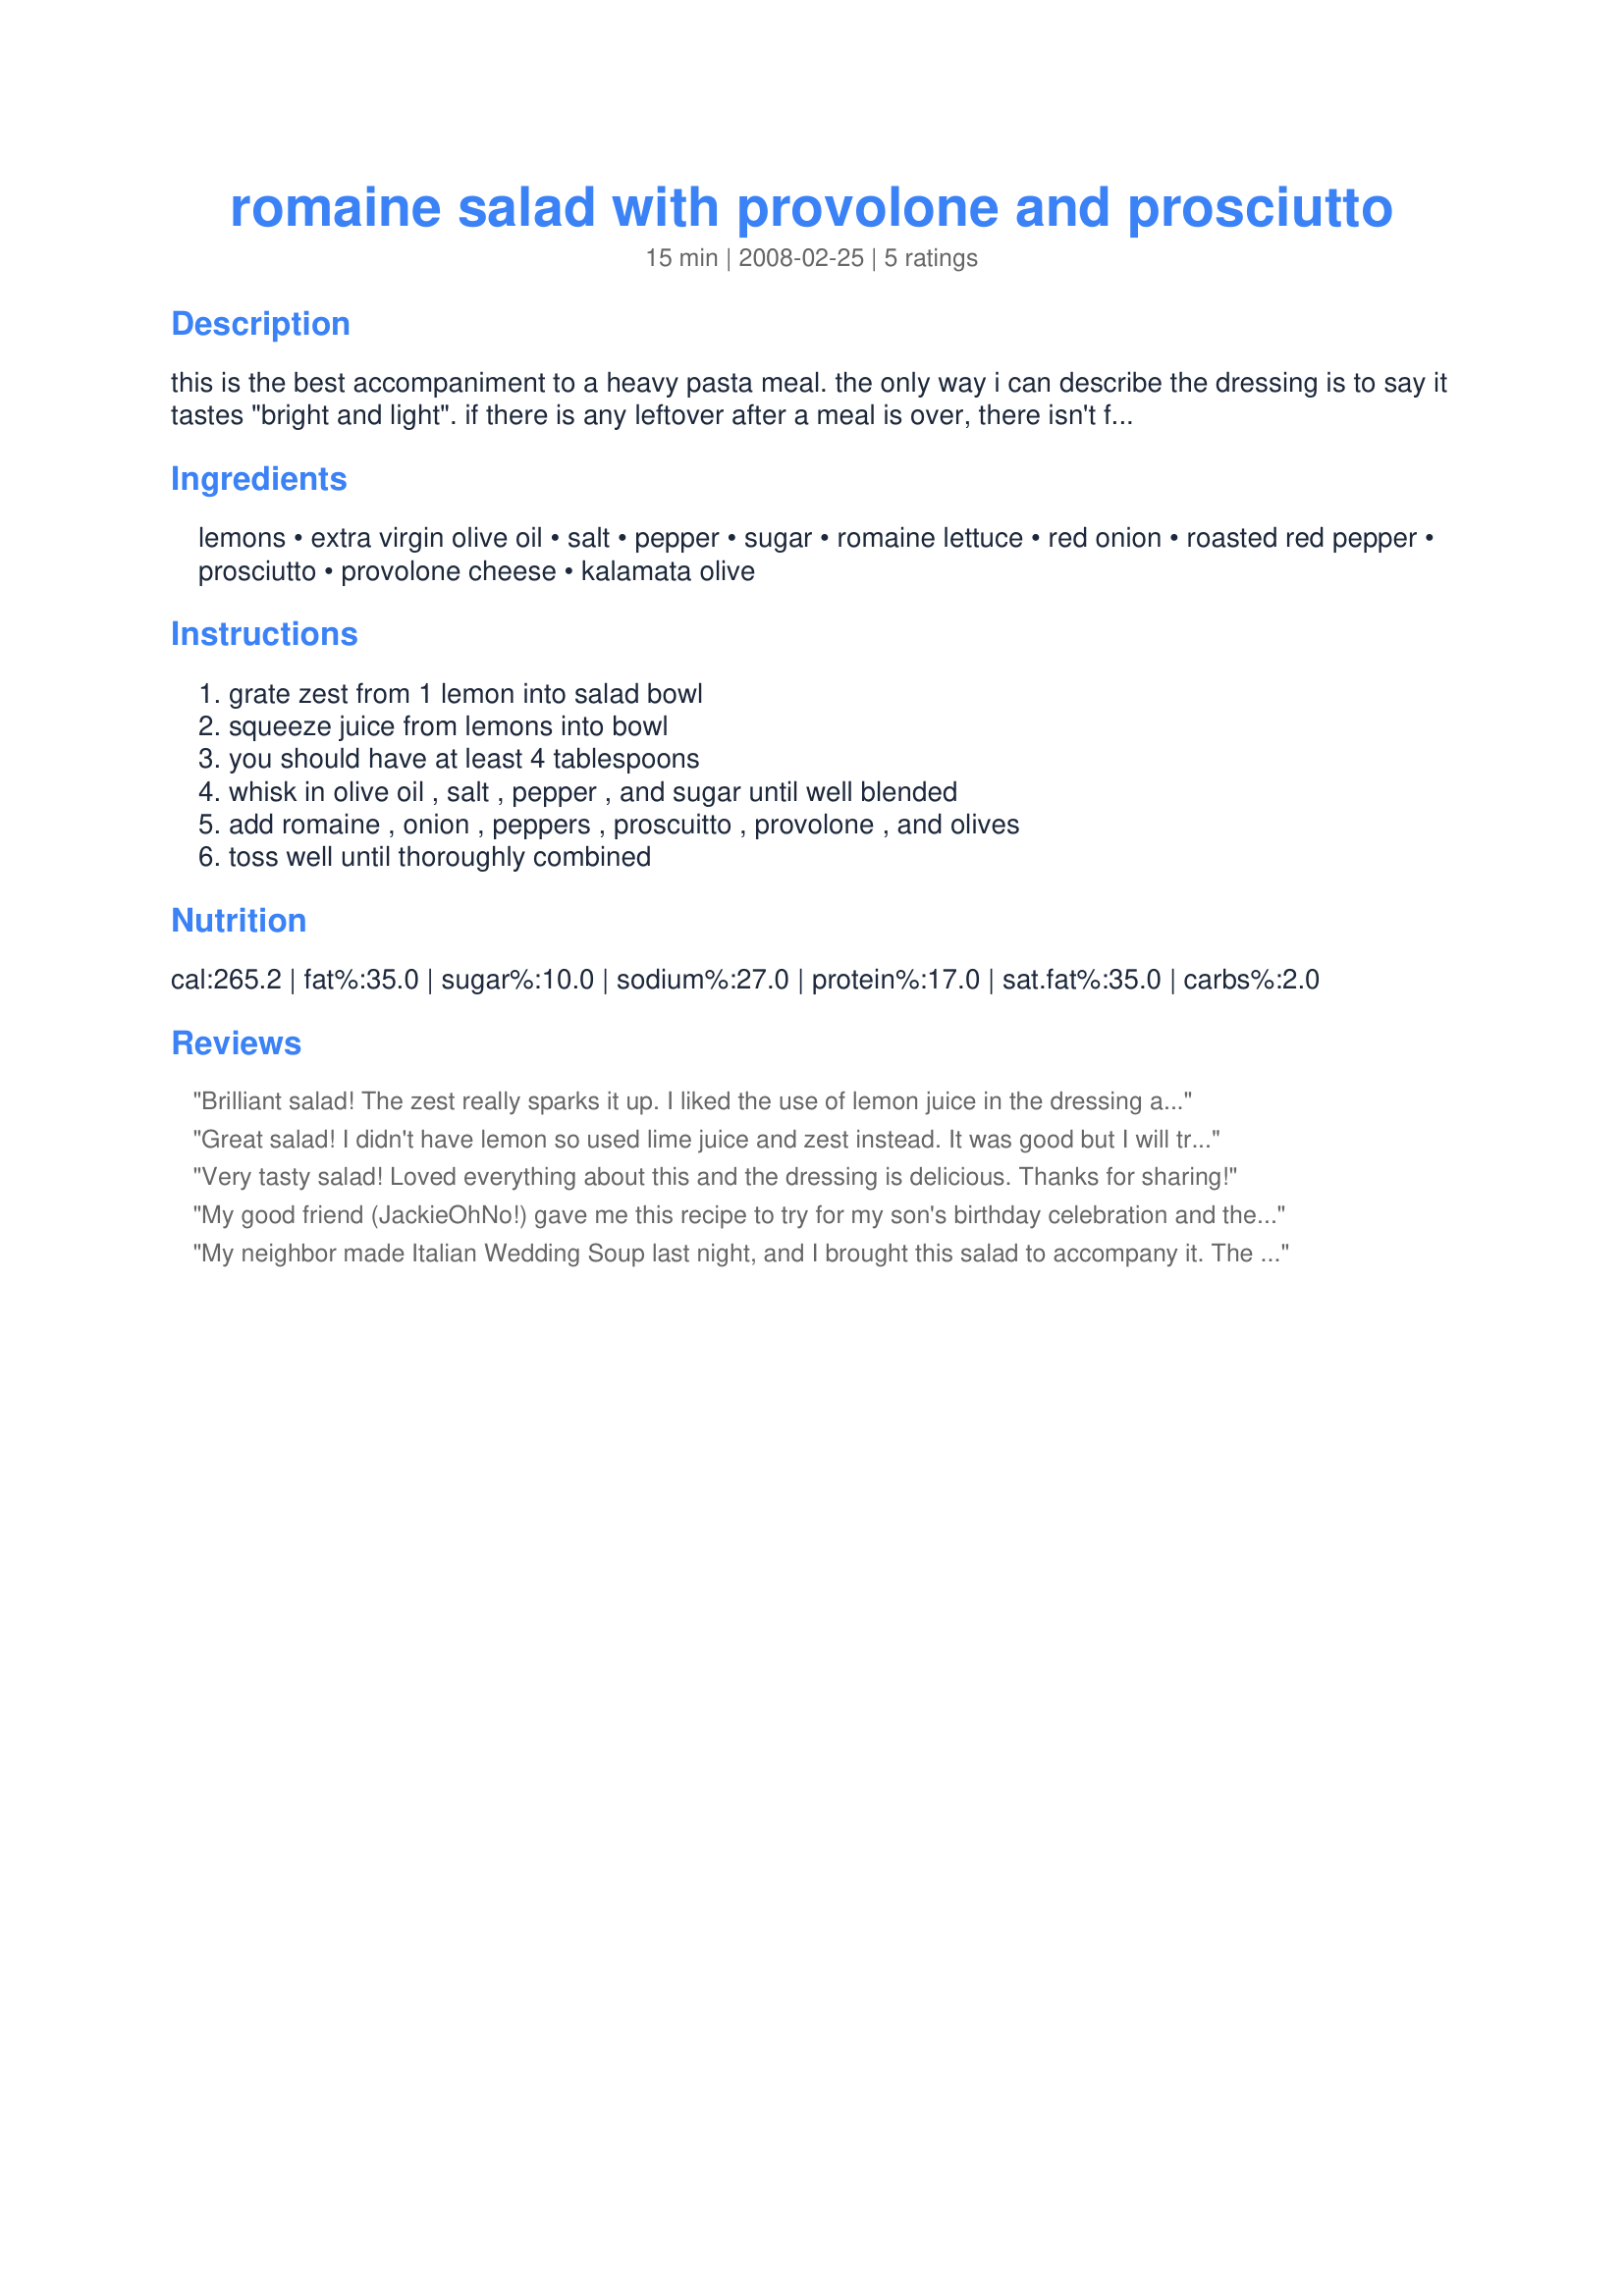
romaine salad with provolone and prosciutto
Preparation time: 15 minutes

this is the best accompaniment to a heavy pasta meal. the only way i can describe the dressing is to say it tastes "bright and light". if there is any leftover after a meal is over, there isn't for long, because i always end up picking at it until it's gone!

Ingredients:
lemons, extra virgin olive oil, salt, pepper, sugar, romaine lettuce, red onion, roasted red pepper, prosciutto, provolone cheese, kalamata olive

Steps:
grate zest from 1 lemon into salad bowl, squeeze juice from lemons into bowl, you should have at least 4 tablespoons, whisk in olive oil , salt , pepper , and sugar until well blended, add romaine , onion , peppers , proscuitto , provolone , and olives, toss well until thoroughly combined

Reviews:
Brilliant salad! The zest really sparks it up. I liked the use of lemon juice in the dressing as opposed to the more common vinegar - it made the dressing lighter and fresher-tasting. Finally, prosciutto and provolone...yum!
Great salad! I didn't have lemon so used lime juice and zest instead. It was good but I will try lemon next time. I loved that the dressing is made right in the bowl - fresh every time and less clean up! Thanks for sharing!
Very tasty salad! Loved everything about this and the dressing is delicious. Thanks for sharing!
My good friend (JackieOhNo!) gave me this recipe to try for my son's birthday celebration and the entire family loved it. I make it often beause because the lemon flavor is so light that I feel it goes well with almost any dish. My daughter loves it so that she has gone to the grocery store to pick-up all the makings and will make it for herself as her dinner. It must be good if a 17 year old goes out of her way to make a salad.
My neighbor made Italian Wedding Soup last night, and I brought this salad to accompany it. The comments I heard were "different", "refreshing", "light", and I will add excellent! I had to omit the red onion because I did not have one on hand, and used fresh mozzarella instead of the provolone because I needed to use it. I also tossed in a few garlic croutons to add the crunch lost from omitting the onion. Overall, this was excellent and I will definitely be making it again! Thanks JackieOhNo for another great recipe!
